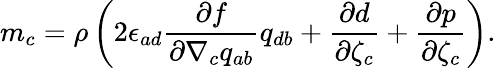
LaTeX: m_{c}=\rho\left(2\epsilon_{ad}\frac{\partial f}{\partial\nabla_{c}q_{ab}}q_{db}+\frac{\partial d}{\partial\zeta_{c}}+\frac{\partial p}{\partial\zeta_{c}}\right).